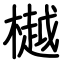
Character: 樾